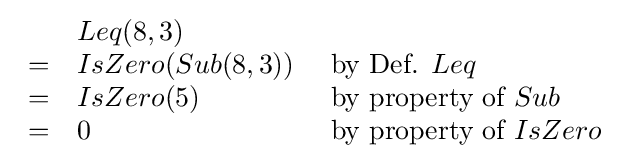
{\begin{array}{lll}&Leq(8,3)\\=&IsZero(Sub(8,3))&{\text{ by Def. }}Leq\\=&IsZero(5)&{\text{ by property of }}Sub\\=&0&{\text{ by property of }}IsZero\\\end{array}}